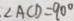
\angle A C D = 9 0 ^ { \circ }